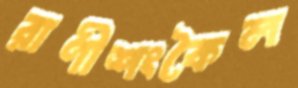
রাণীশংকৈল